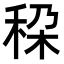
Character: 𮃄